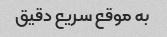
به موقع سریع دقیق